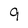
Character: 9